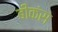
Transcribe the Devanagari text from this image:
बीकंस